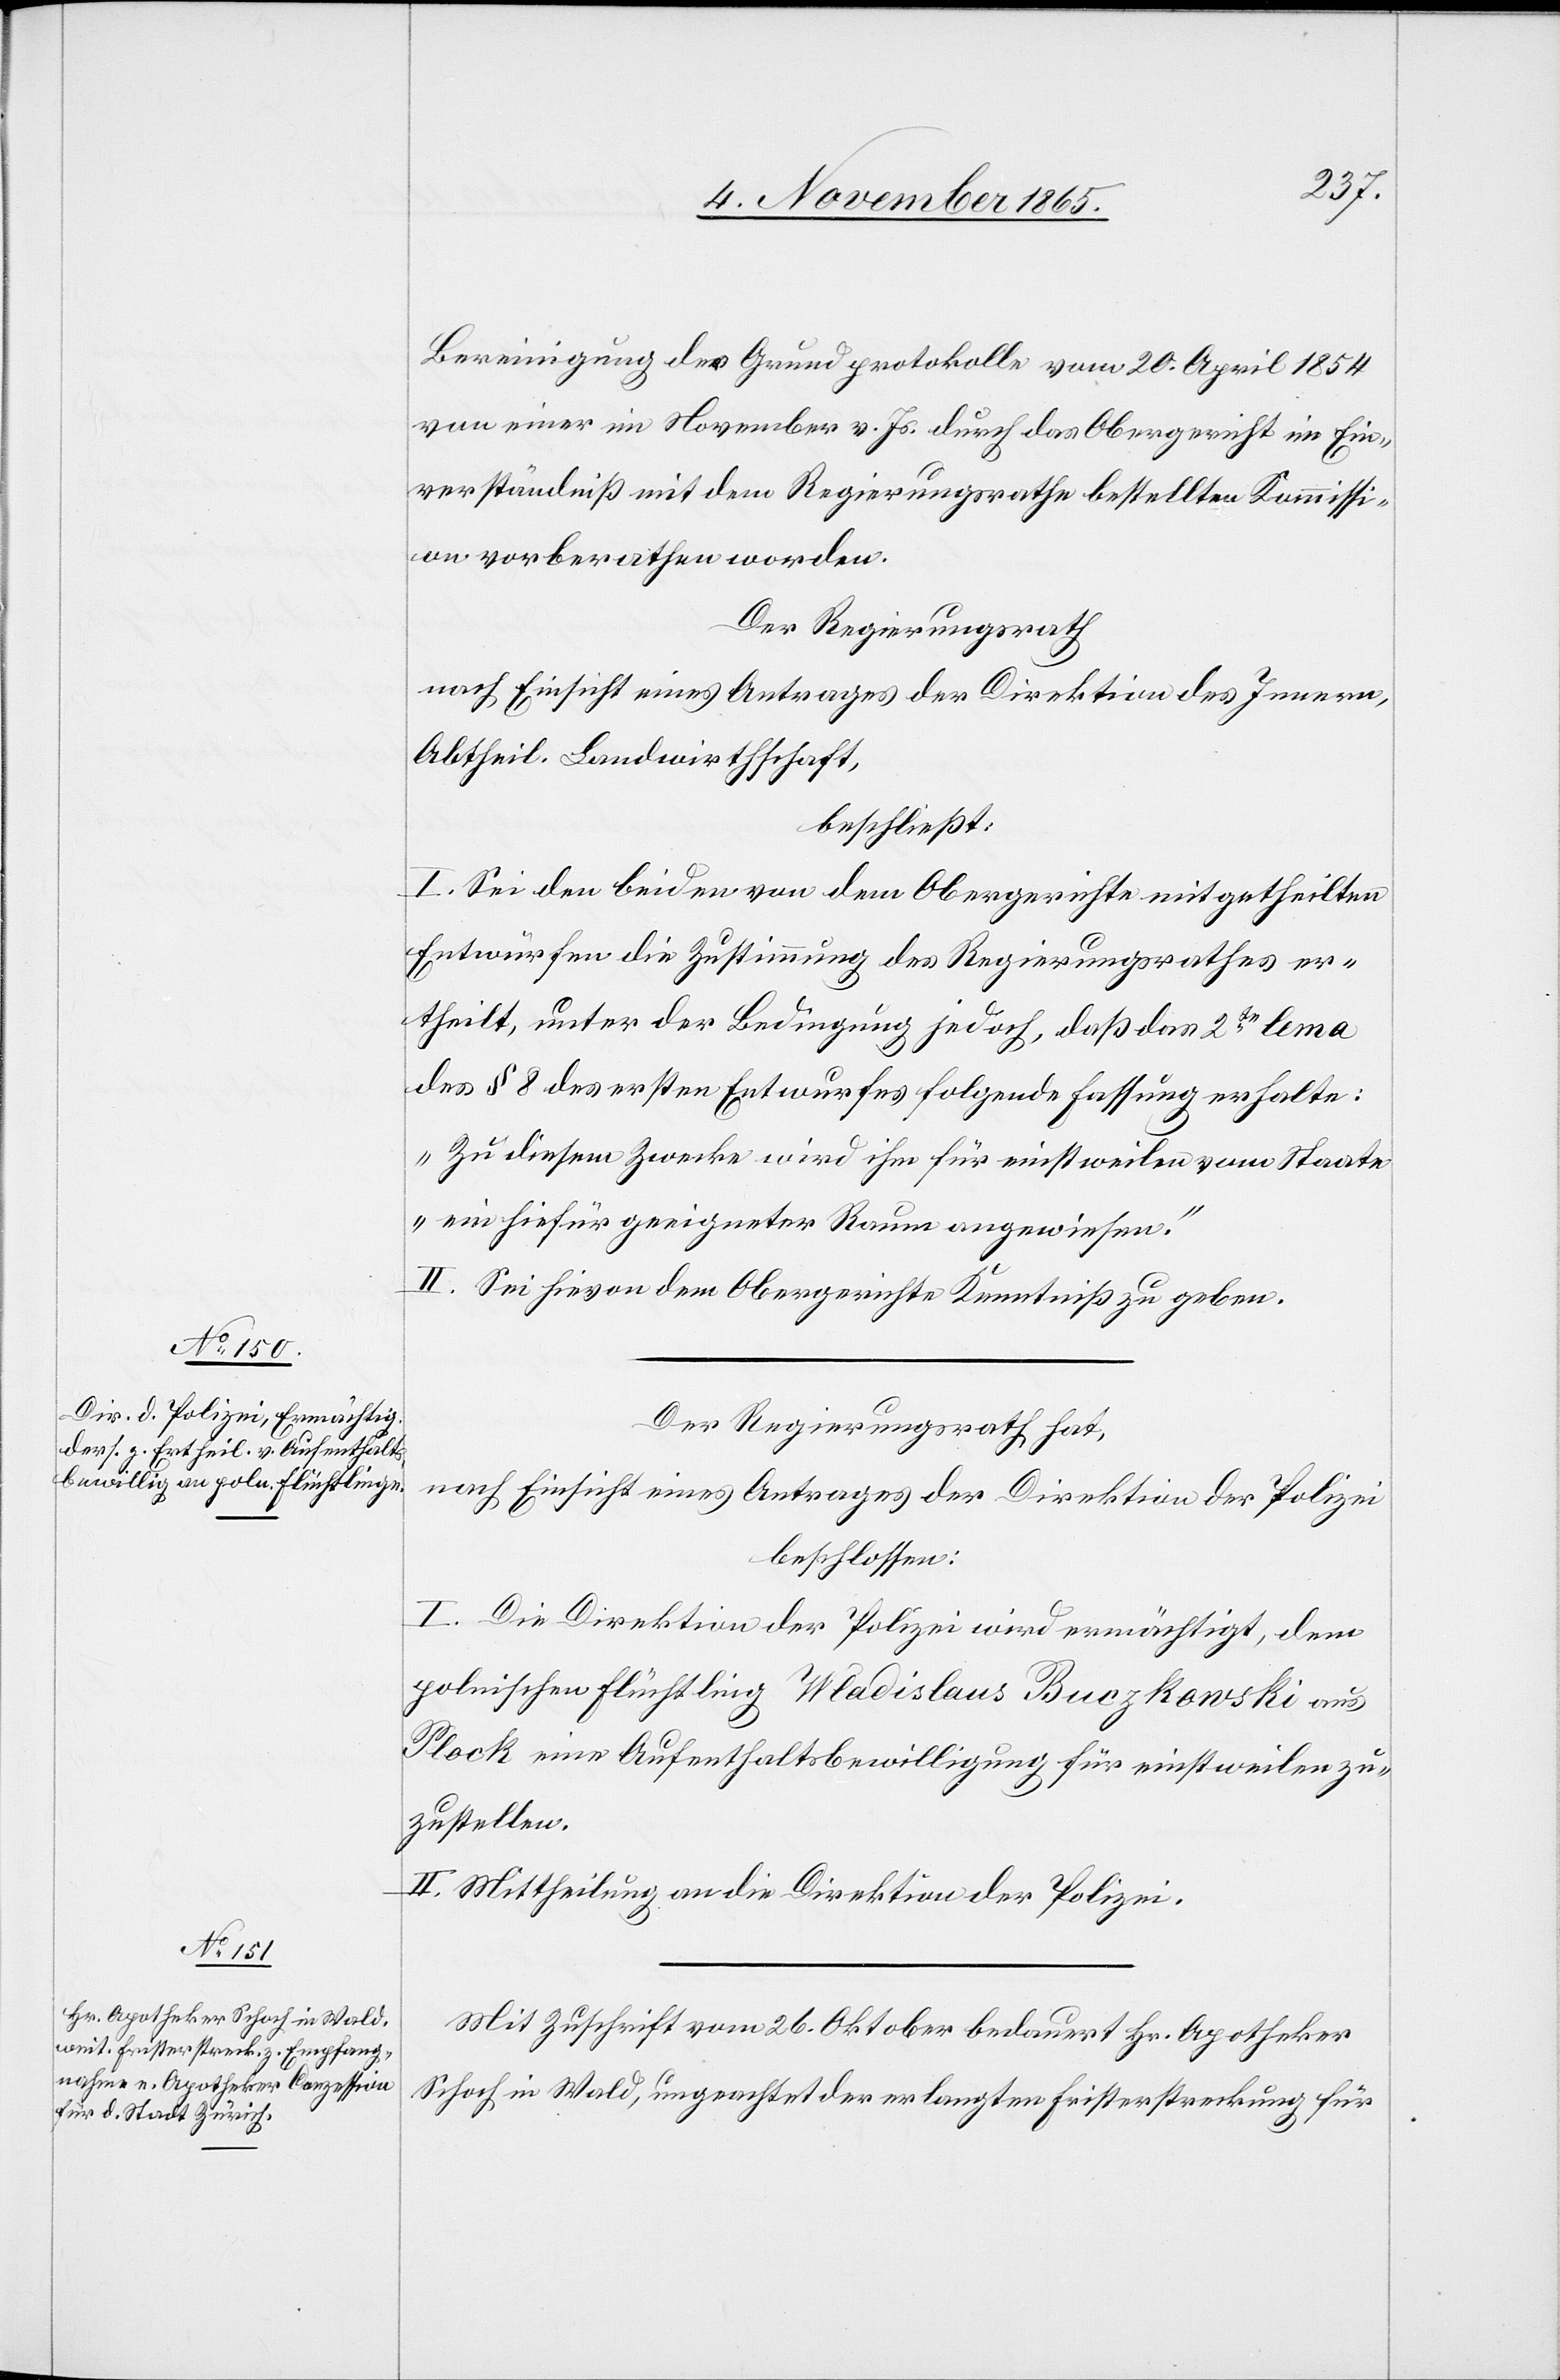
Bereinigung der Grundprotokolle vom 20. April 1854
von einer im November v. Js. durch das Obergericht im Ein¬
verständniß mit dem Regierungsrathe bestellten Kommissi¬
on vorberathen worden.
Der Regierungsrath
nach Einsicht eines Antrages der Direktion des Innern,
Abtheil. Landwirthschaft,
beschließt:
I. Sei den beiden von dem Obergerichte mitgetheilten
Entwürfen die Zustimmung des Regierungsrathes er¬
theilt, unter der Bedingung jedoch, daß das 2te lema
des § 8 des ersten Entwurfes folgende Fassung erhalte:
„Zu diesem Zwecke wird ihm für einstweilen vom Staate
ein hiefür geeigneter Raum angewiesen.“
II. Sei hievon dem Obergerichte Kenntniß zu geben.
Der Regierungsrath hat,
nach Einsicht eines Antrages der Direktion der Polizei
beschlossen:
I. Die Direktion der Polizei wird ermächtigt, dem
polnischen Flüchtling Wladislaus Buczkowski aus
Plock eine Aufenthaltsbewilligung für einstweilen zu¬
zustellen.
II. Mittheilung an die Direktion der Polizei.
Mit Zuschrift vom 26. Oktober bedauert Hr. Apotheker
Schoch in Wald, ungeachtet der erlangten Fristerstreckung für